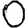
Digit: 0